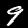
Digit: 9